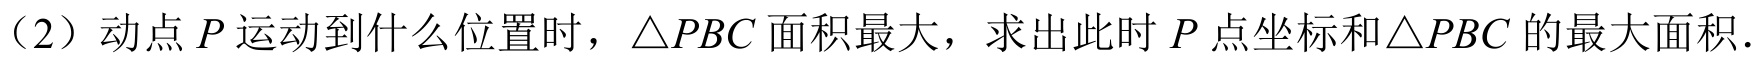
（2）动点\(P\)运动到什么位置时，\(\triangle PBC\)面积最大，求出此时\(P\)点坐标和\(\triangle PBC\)的最大面积.